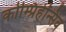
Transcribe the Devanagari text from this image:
कोम्प्रिहेन्सिव